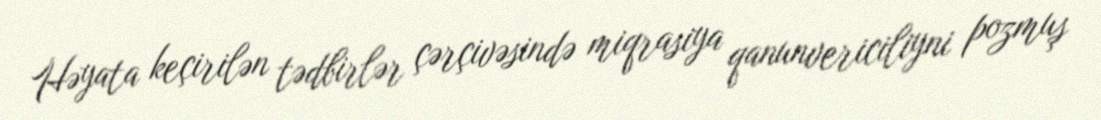
Həyata keçirilən tədbirlər çərçivəsində miqrasiya qanunvericiliyni pozmuş